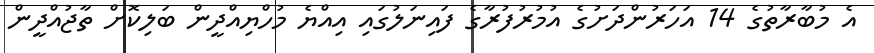
އެ މުބާރާތުގެ 14 އަހަރުންދަށުގެ އުމުރުފުރާގެ ފައިނަލުގައި އިއްޔެ މުހްޔިއްދީން ބަލިކޮށް ތާޖުއްދީން